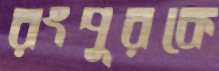
রংপুরকে